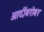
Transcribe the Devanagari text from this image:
आदींबरोबर